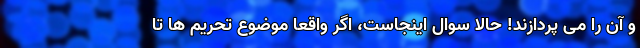
و آن را می پردازند! حالا سوال اینجاست، اگر واقعا موضوع تحریم ها تا